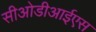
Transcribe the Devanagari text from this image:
सीओडीआईएस